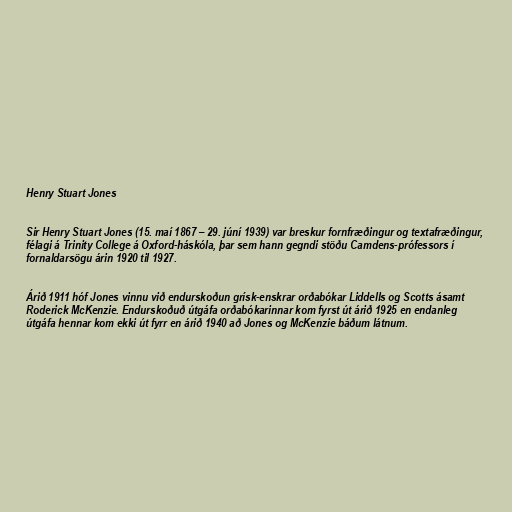
Henry Stuart Jones

Sir Henry Stuart Jones (15. maí 1867 – 29. júní 1939) var breskur fornfræðingur og textafræðingur,
félagi á Trinity College á Oxford-háskóla, þar sem hann gegndi stöðu Camdens-prófessors í
fornaldarsögu árin 1920 til 1927.

Árið 1911 hóf Jones vinnu við endurskoðun grísk-enskrar orðabókar Liddells og Scotts ásamt
Roderick McKenzie. Endurskoðuð útgáfa orðabókarinnar kom fyrst út árið 1925 en endanleg
útgáfa hennar kom ekki út fyrr en árið 1940 að Jones og McKenzie báðum látnum.